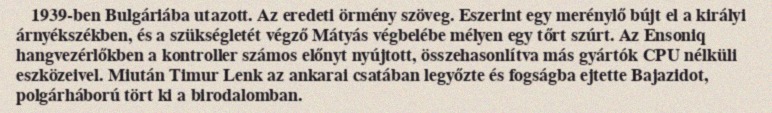
1939-ben Bulgáriába utazott. Az eredeti örmény szöveg. Eszerint egy merénylő bújt el a királyi árnyékszékben, és a szükségletét végző Mátyás végbelébe mélyen egy tőrt szúrt. Az Ensoniq hangvezérlőkben a kontroller számos előnyt nyújtott, összehasonlítva más gyártók CPU nélküli eszközeivel. Miután Timur Lenk az ankarai csatában legyőzte és fogságba ejtette Bajazidot, polgárháború tört ki a birodalomban.